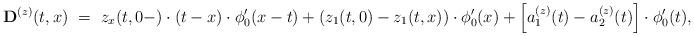
LaTeX: \begin{align*}{\bf D}^{(z)}(t,x)~=~z_x(t,0-)\cdot (t-x)\cdot \phi_0'(x-t)+(z_1(t,0)-z_1(t,x))\cdot \phi'_0(x)+\left[a^{(z)}_1(t)-a^{(z)}_2(t)\right]\cdot \phi_0'(t),\end{align*}